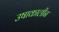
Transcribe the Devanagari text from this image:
उषाकालीन